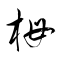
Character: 栂